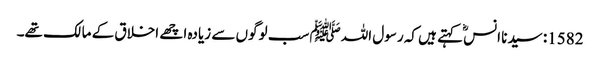
1582: سیدنا انسؓ کہتے ہیں کہ رسول اللہﷺ سب لوگوں سے زیادہ اچھے اخلاق کے مالک تھے۔